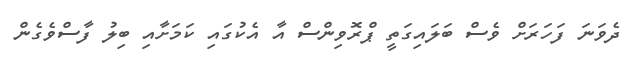
ދެވަނަ ފަހަރަށް ވެސް ބަލައިގަތީ ޕްރޮވިންސް އާ އެކުގައި ކަމަށާއި ބިލު ފާސްވެގެން